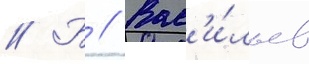
// Б // Вас'и́льев